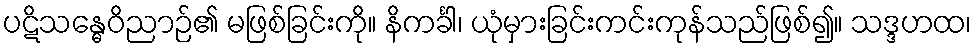
ပဋိသန္ဓေဝိညာဉ်၏ မဖြစ်ခြင်းကို။ နိကင်္ခါ၊ ယုံမှားခြင်းကင်းကုန်သည်ဖြစ်၍။ သဒ္ဒဟထ၊